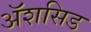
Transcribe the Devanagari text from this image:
ॲशसिड